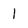
Character: 1